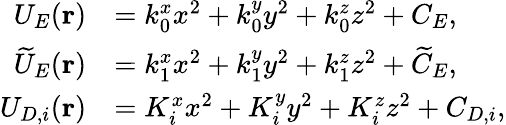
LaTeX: \begin{array}{rl}{U_{E}(\mathbf{r})}&{=k_{0}^{x}x^{2}+k_{0}^{y}y^{2}+k_{0}^{z}z^{2}+C_{E},}\\ {\widetilde{U}_{E}(\mathbf{r})}&{=k_{1}^{x}x^{2}+k_{1}^{y}y^{2}+k_{1}^{z}z^{2}+\widetilde{C}_{E},}\\ {U_{D,i}(\mathbf{r})}&{=K_{i}^{x}x^{2}+K_{i}^{y}y^{2}+K_{i}^{z}z^{2}+C_{D,i},}\end{array}